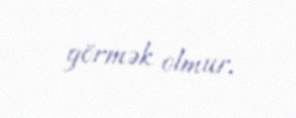
görmək olmur.